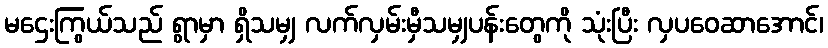
မဌေးကြွယ်သည် ရွာမှာ ရှိသမျှ လက်လှမ်းမှီသမျှပန်းတွေကို သုံးပြီး လှပဝေဆာအောင်၊